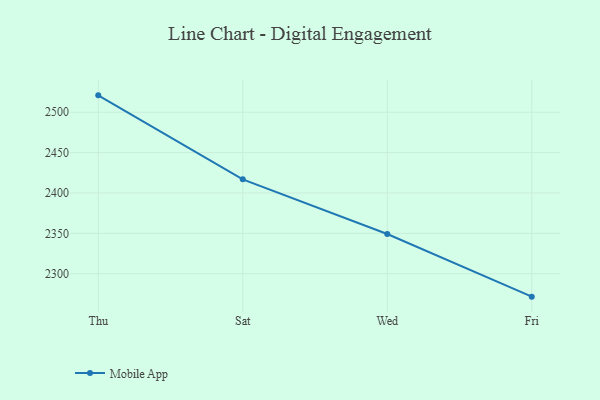
{"axis": {"x": "Day", "y": "Customer Acquisition Cost (USD)"}, "legend": ["Mobile App"], "data": [{"x": "Thu", "y": 2520.9, "type": "Mobile App"}, {"x": "Sat", "y": 2416.9, "type": "Mobile App"}, {"x": "Wed", "y": 2349.2, "type": "Mobile App"}, {"x": "Fri", "y": 2271.7, "type": "Mobile App"}]}